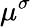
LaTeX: \mu^{\sigma}